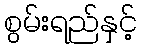
စွမ်းရည်နှင့်